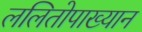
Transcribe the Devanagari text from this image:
ललितोपाख्यान